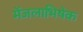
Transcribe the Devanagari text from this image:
मेंजलाभिषेक